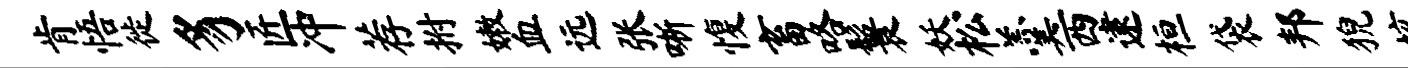
肯悟徙豸匠冲荐拊嫩血远张晰愎畜咯鬟妖松羹西逮桓袋邦猊垓